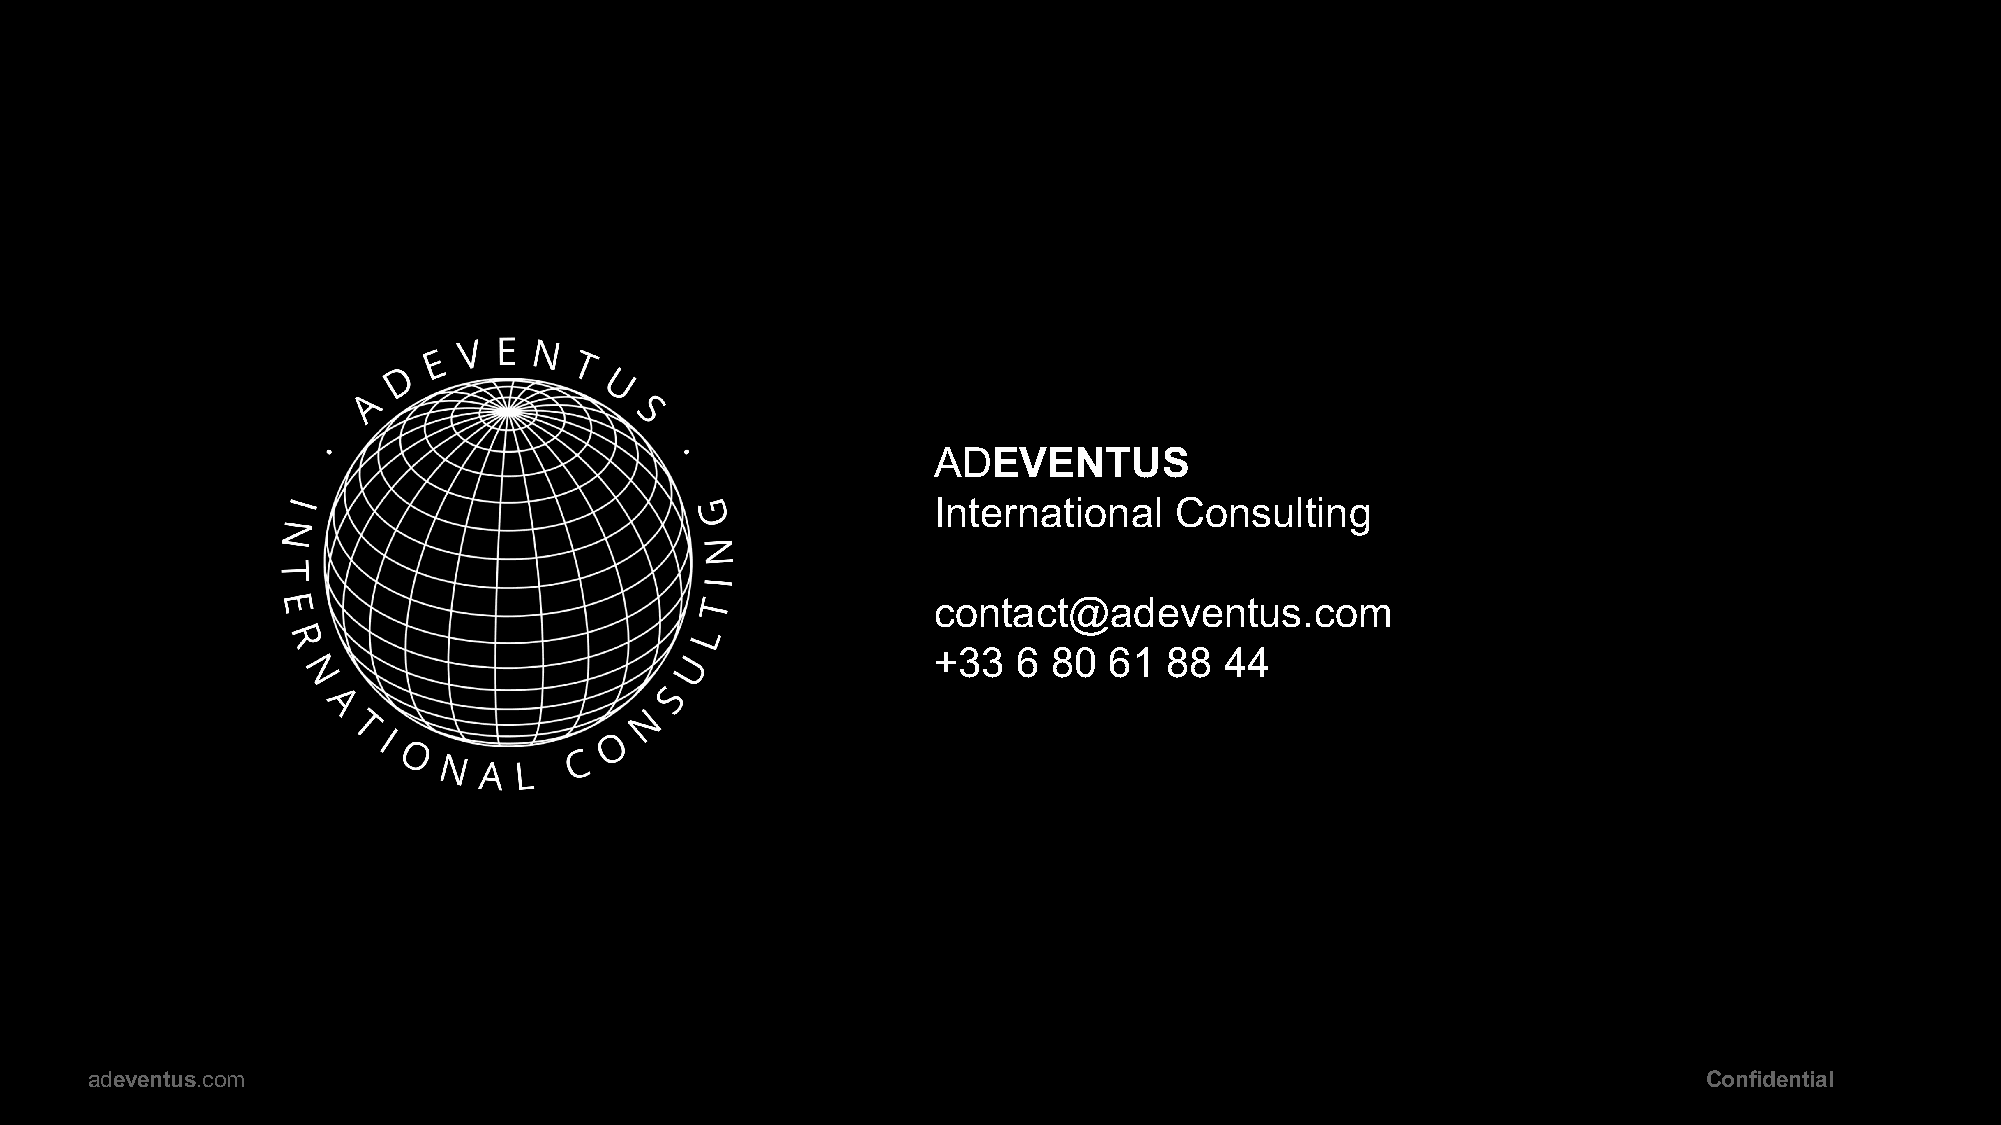
ADEVENTUS
 International   Consulting
 contact@adeventus.com
 +33  6  80 61  88  44
 a.deventus.com                                                                                             Confidential